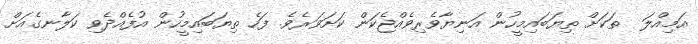
އަމިއްލަ  ތަކަށް ތިޔަބައިމީހުން އަނިޔާވެރިވެއްޖެކަން ކަށަވަރެވެ. ފަހެ ތިޔަބައިމީހުން އުފެއްދެވި ކަލާނގެއަށް